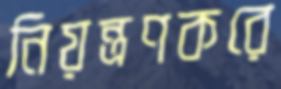
নিয়ন্ত্রণকরে